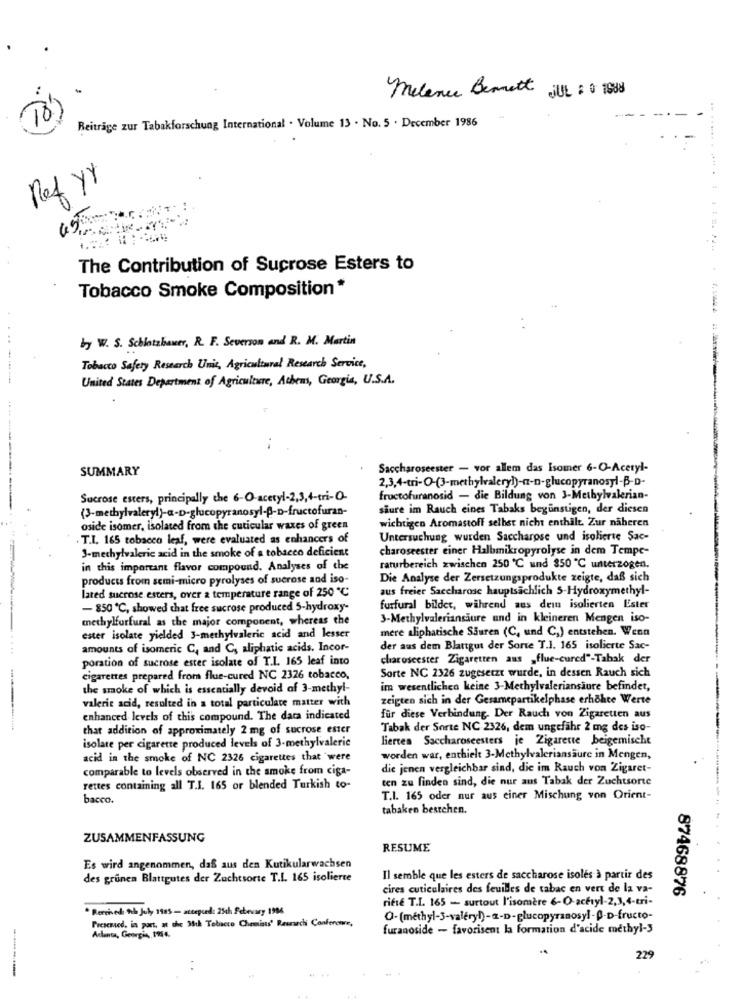
melenu Benett
JUL : 0 1988
Beiträge zur Tabakforschung International . Volume 13 . No. 5 . December 1986
T
Ref yY
ク
The Contribution of Sucrose Esters to
Tobacco Smoke Composition*
by W. S. Schlotzbauer, R. F. Severson and R. M. Martin
Tobacco Safety Research Umie, Agricultural Research Service,
------
United States Department of Agriculture, Athens, Georgia, U.S.A.
SUMMARY
Saccharoseester - vor allem das Isomer 6-O-Acetyl-
2,3,4-tri-O-(3-methylvalery))-a-n-glucopyranosyl-₿-D-
Sucrose esters, principally the 6-O-acetyl-2,3,4-tri-O-
fructofuranosid - die Bildung von 3-Methylvalerian-
(3-methylvaleryl)-a-D-glucopyranosyl-f-D-fructofuran-
siure im Rauch eines Tabaks begünstigen, der diesen
wichtigen Aromastoff selbst nicht enthält. Zur näheren
oside isomer, isolated from the cuticular waxes of green
. T.I. 165 tobacco leaf, were evaluated as enhancers of
Untersuchung wurden Saccharose und isolierte Sac-
3-methylvaleric acid in the smoke of a tobacco deficient
charoseester einer Halbmikropyrolyse in dem Tempe-
in this important flavor compound. Analyses of the
raturbereich zwischen 250 ℃ und 350 ℃ unterzogen.
products from semi-micro pyrolyses of sucrose and iso-
Die Analyse der Zersetzungsprodukte zeigte, daß sich
aus freier Saccharose hauptsächlich 5-Hydroxymethyl-
lared sucrose esters, over a temperature range of 250 ℃
- 850 ℃, showed that free sucrose produced 5-hydroxy-
furfural bilder, während aus dein isolierten Ester
methylfurfural as the major component, whereas the
3-Methylvaleriansäure und in kleineren Mengen iso-
mere aliphatische Säuren (C, und C,) entstehen. Wenn
ester isolate yielded 3-methylvaleric acid and lesser
amounts of isomeric C, and C, aliphatic acids. Incor-
der aus dem Blattgut der Sorte T.1. 165 isolierte Sac-
...
poration of sucrose ester isolate of T.I. 165 leaf into
charoseester Zigaretten aus „flue-cured"-Tabak der
Sorte NC 2326 zugesetzt wurde, in dessen Rauch sich
cigarettes prepared from flue-cured NC 2326 tobacco,
the smoke of which is essentially devoid of 3-methyl-
im wesentlichen keine 3-Methylvaleriansaure befindet,
valerie acid, resulted in a total particulate matter with
zeigten sich in der Gesamepartikelphase erhöhte Werte
enhanced levels of this compound. The data indicated
für diese Verbindung. Der Rauch von Zigaretten aus
that addition of approximately 2 mg of sucrose ester
Tabak der Sorte NC 2326, dem ungefähr 2 mg des iso-
lierten Saccharoseesters je Zigarette beigemischt
isolate per cigarette produced levels of 3-methylvalerie
acid in the smoke of NC 2326 cigarettes that were
worden war, enthielt 3-Methylvaleriansaure in Mengen,
comparable to levels observed in the smoke from ciga-
die jenen vergleichbar sind, die im Rauch von Zigaret-
ten zu finden sind, die nur aus Tabak der Zuchtsorte
rettes containing all T.I. 165 or blended Turkish to-
bacco.
T.I. 165 oder nur aus einer Mischung von Orient-
tabaken bestehen.
ZUSAMMENFASSUNG
RESUME
Es wird angenommen, daß aus den Kutikularwachsen
des grunen Blattgutes der Zuchtsorte T.I. 165 isolierte
Il semble que les esters de saccharose isolés à partir des
cires cuticulaires des feuilles de tabac en vert de la va-
rifie T.I. 165 - surtout l'isomère 6-O-acetyl-2,3,4-tri-
87468876
* Rerrivedi th July 1985 - accepted: 25ch Sebevary 1984
Preserved, in part, at the 35th Tebacco Chemists' Reunsach Conferone,
Q- (méthyl-3-valéry)-a-D-glucopyranosyl-0-D-fructo-
furanoside - favorisent la formation d'acide methyl-3
Atlanta, Georgia, 1954.
229